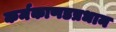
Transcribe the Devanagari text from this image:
कर्मकाणडप्रधान